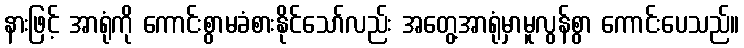
နားဖြင့် အာရုံကို ကောင်းစွာမခံစားနိုင်သော်လည်း အတွေ့အာရုံမှာမူလွန်စွာ ကောင်းပေသည်။